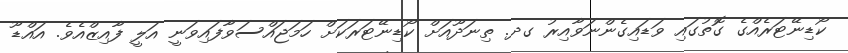
ކޯޑިނޭޓަރެއްގެ ގޮތުގައި ވަޑައިގެންނަވާއިރު ގދ. ތިނަދޫއަށް ކޯޑިނޭޓަރަކަށް ހަމަޖައްސަވާފައިވަނީ އަލީ ފާއިޒްއެވެ. އައްޑޫ